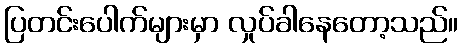
ပြတင်းပေါက်များမှာ လှုပ်ခါနေတော့သည်။